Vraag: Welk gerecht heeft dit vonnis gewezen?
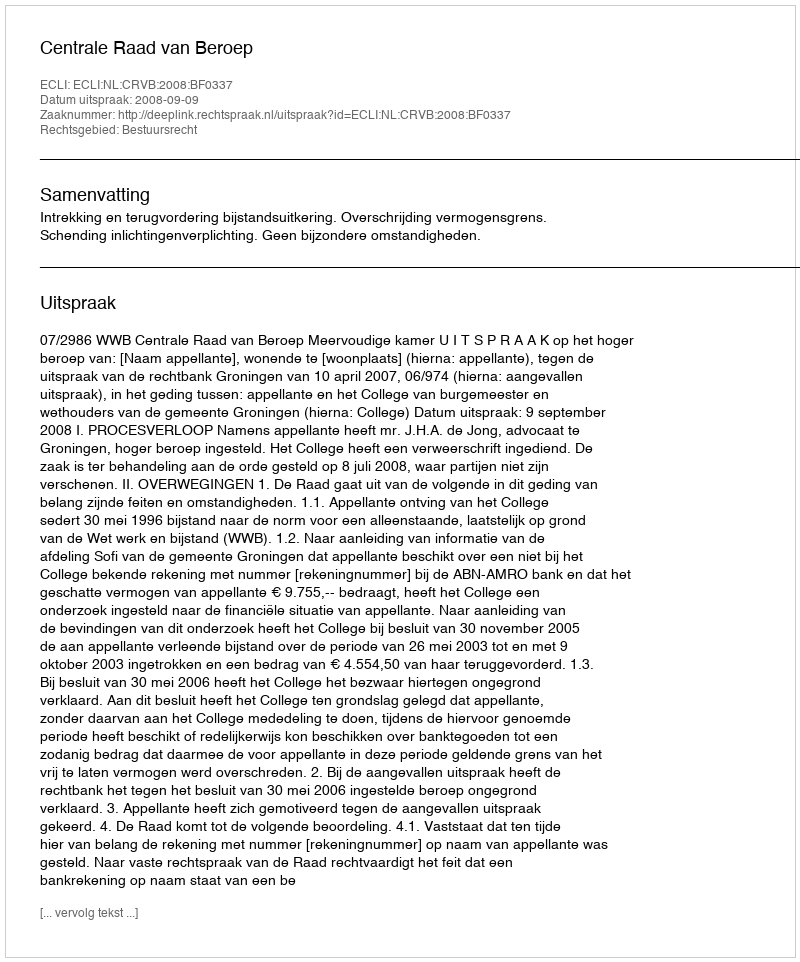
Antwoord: Centrale Raad van Beroep